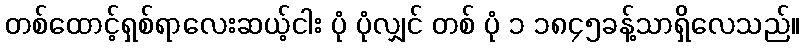
တစ်ထောင့်ရှစ်ရာလေးဆယ့်ငါး ပုံ ပုံလျှင် တစ် ပုံ ၁ ၁၈၄၅ခန့်သာရှိလေသည်။